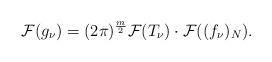
LaTeX: \begin{align*}\mathcal{F}(g_{\nu})=(2\pi)^{\frac{m}{2}}\mathcal{F}(T_{\nu})\cdot \mathcal{F}((f_{\nu})_N).\end{align*}